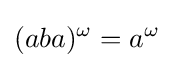
(aba)^{\omega }=a^{\omega }